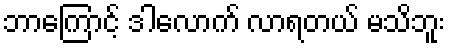
ဘာကြောင့် ဒါလောက် လာရတယ် မသိဘူး